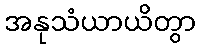
အနုသံယာယိတွာ